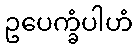
ဥပေက္ခံပါဟံ